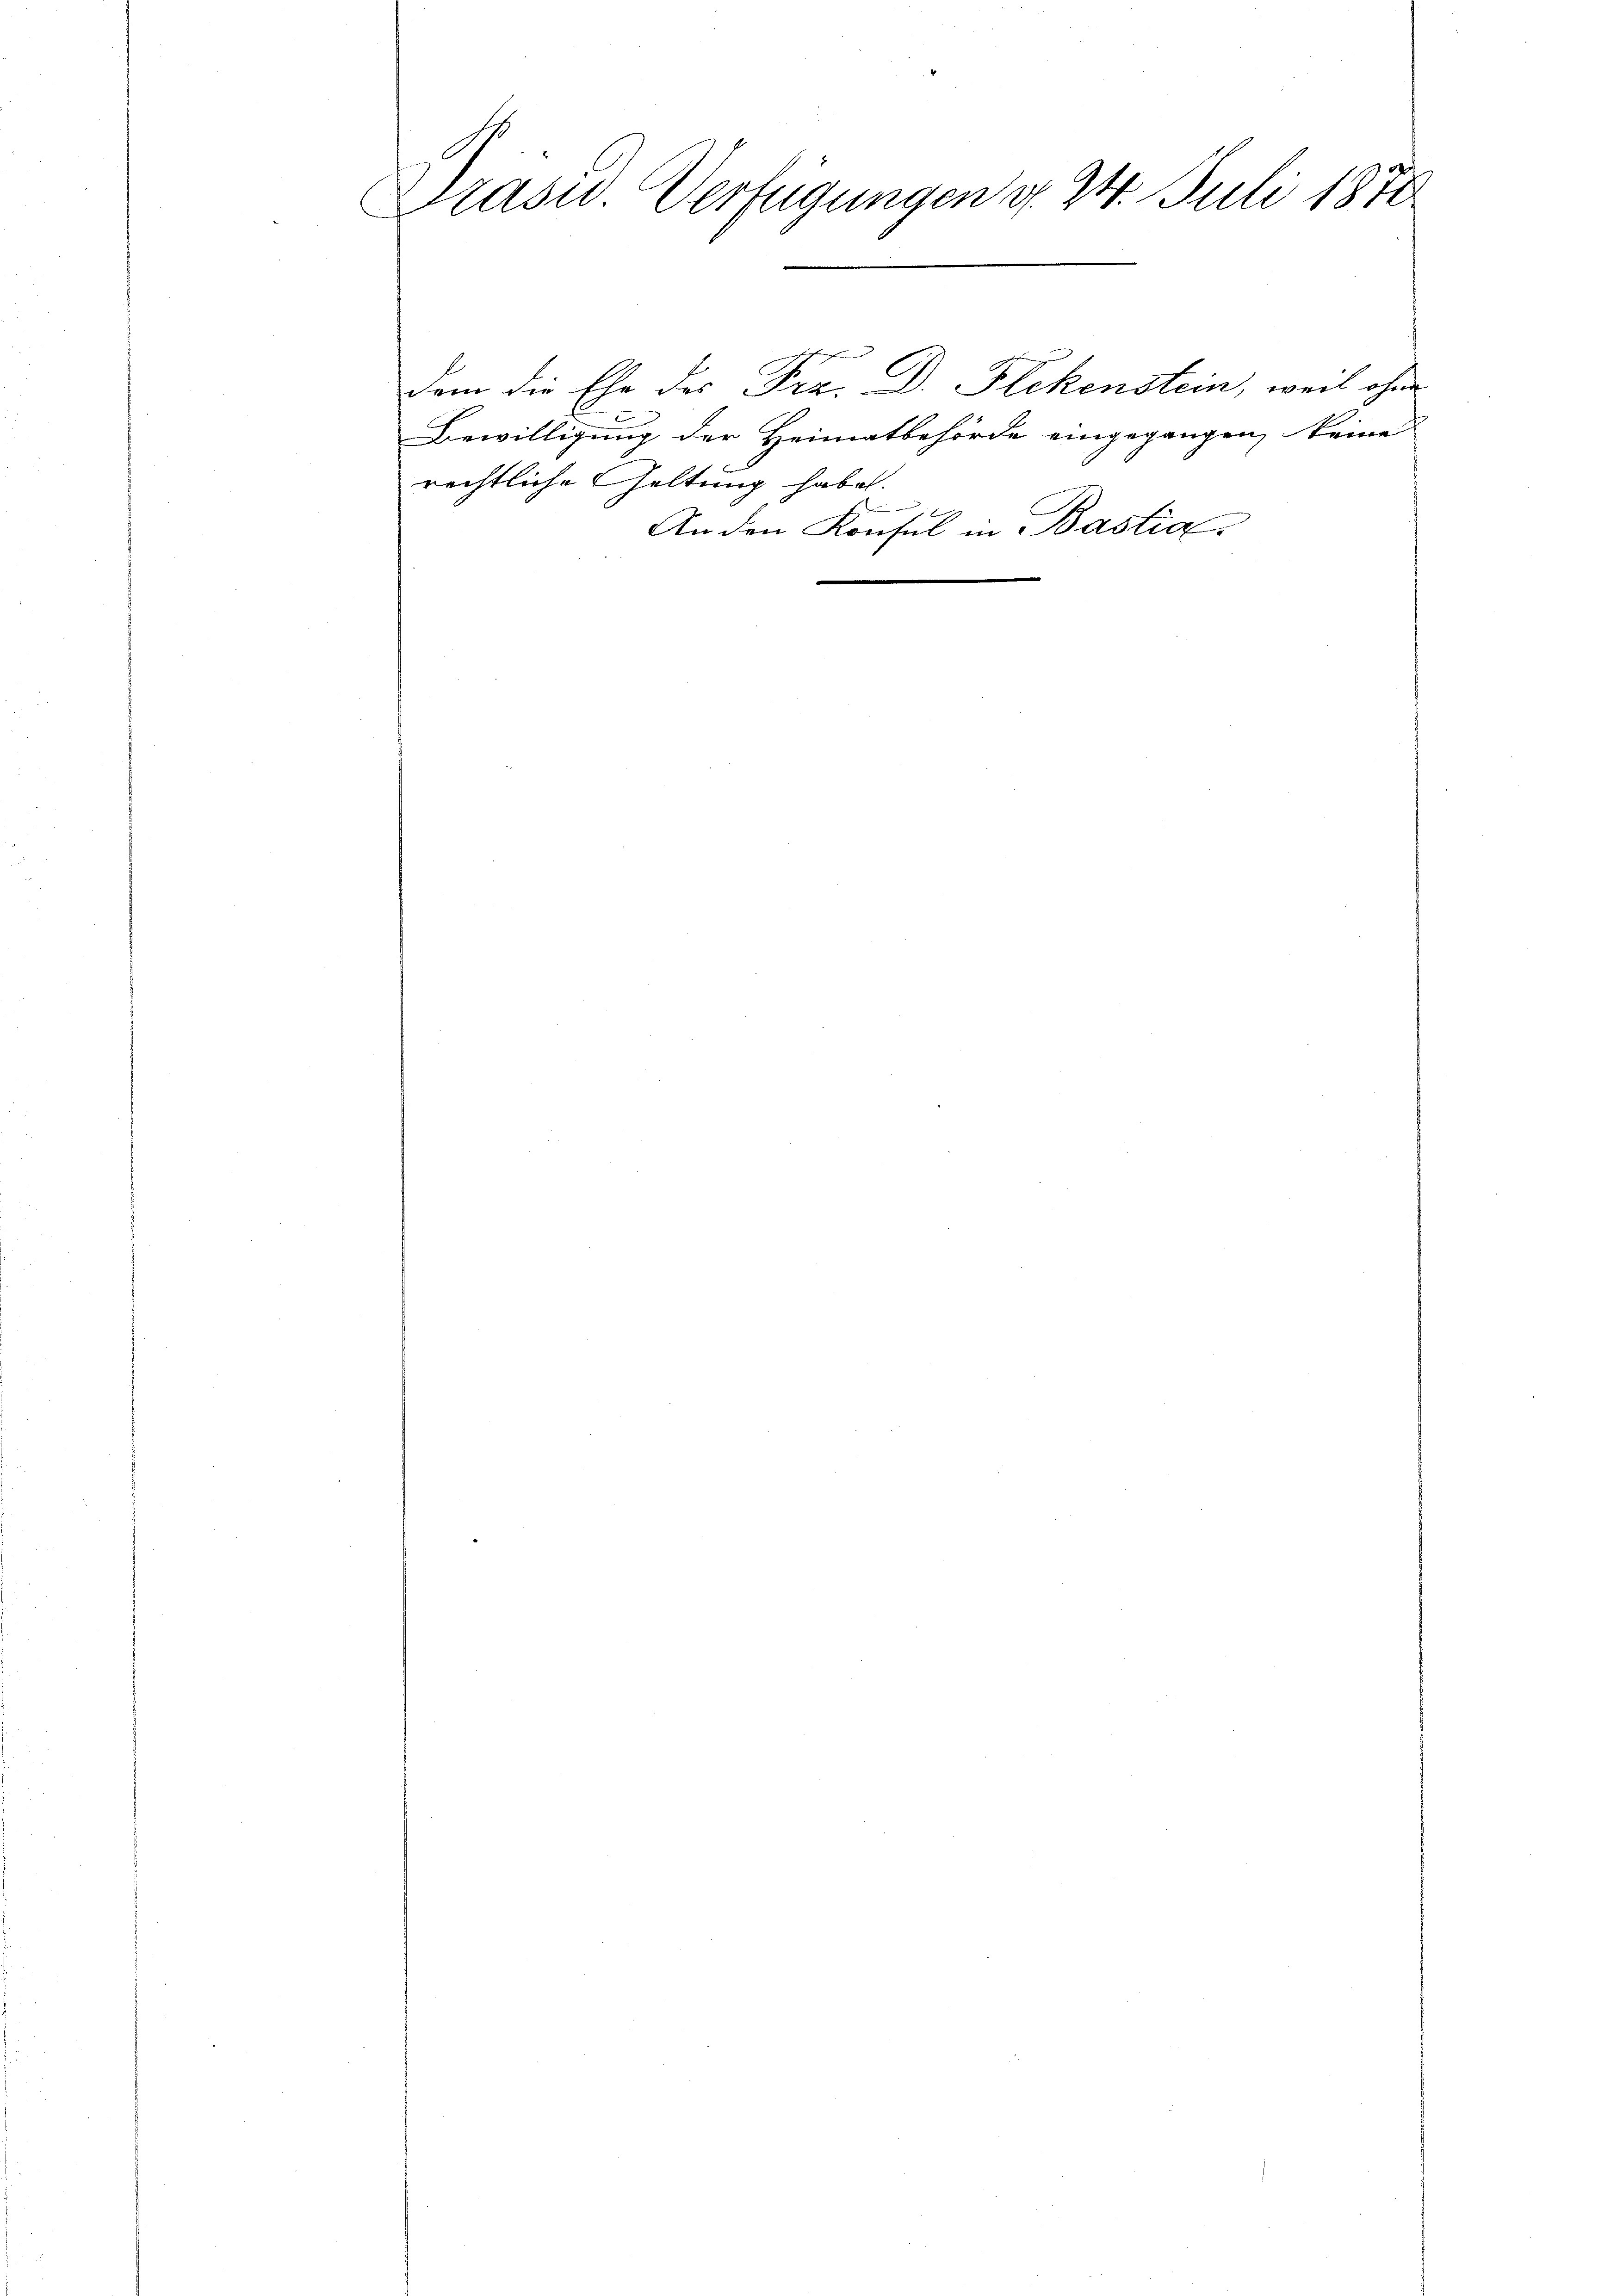
Drasu. Verfügungen d. 24. Juli 1878

h
rechtliche Geltung habe.
An den Konsul in Bastia
e

dem die Ehe des Frz. Dr. Flekenstein, weil ohne
Bewilligung der Heimatbehörde eingegangen, keine